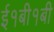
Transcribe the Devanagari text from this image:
ई१बी१बी